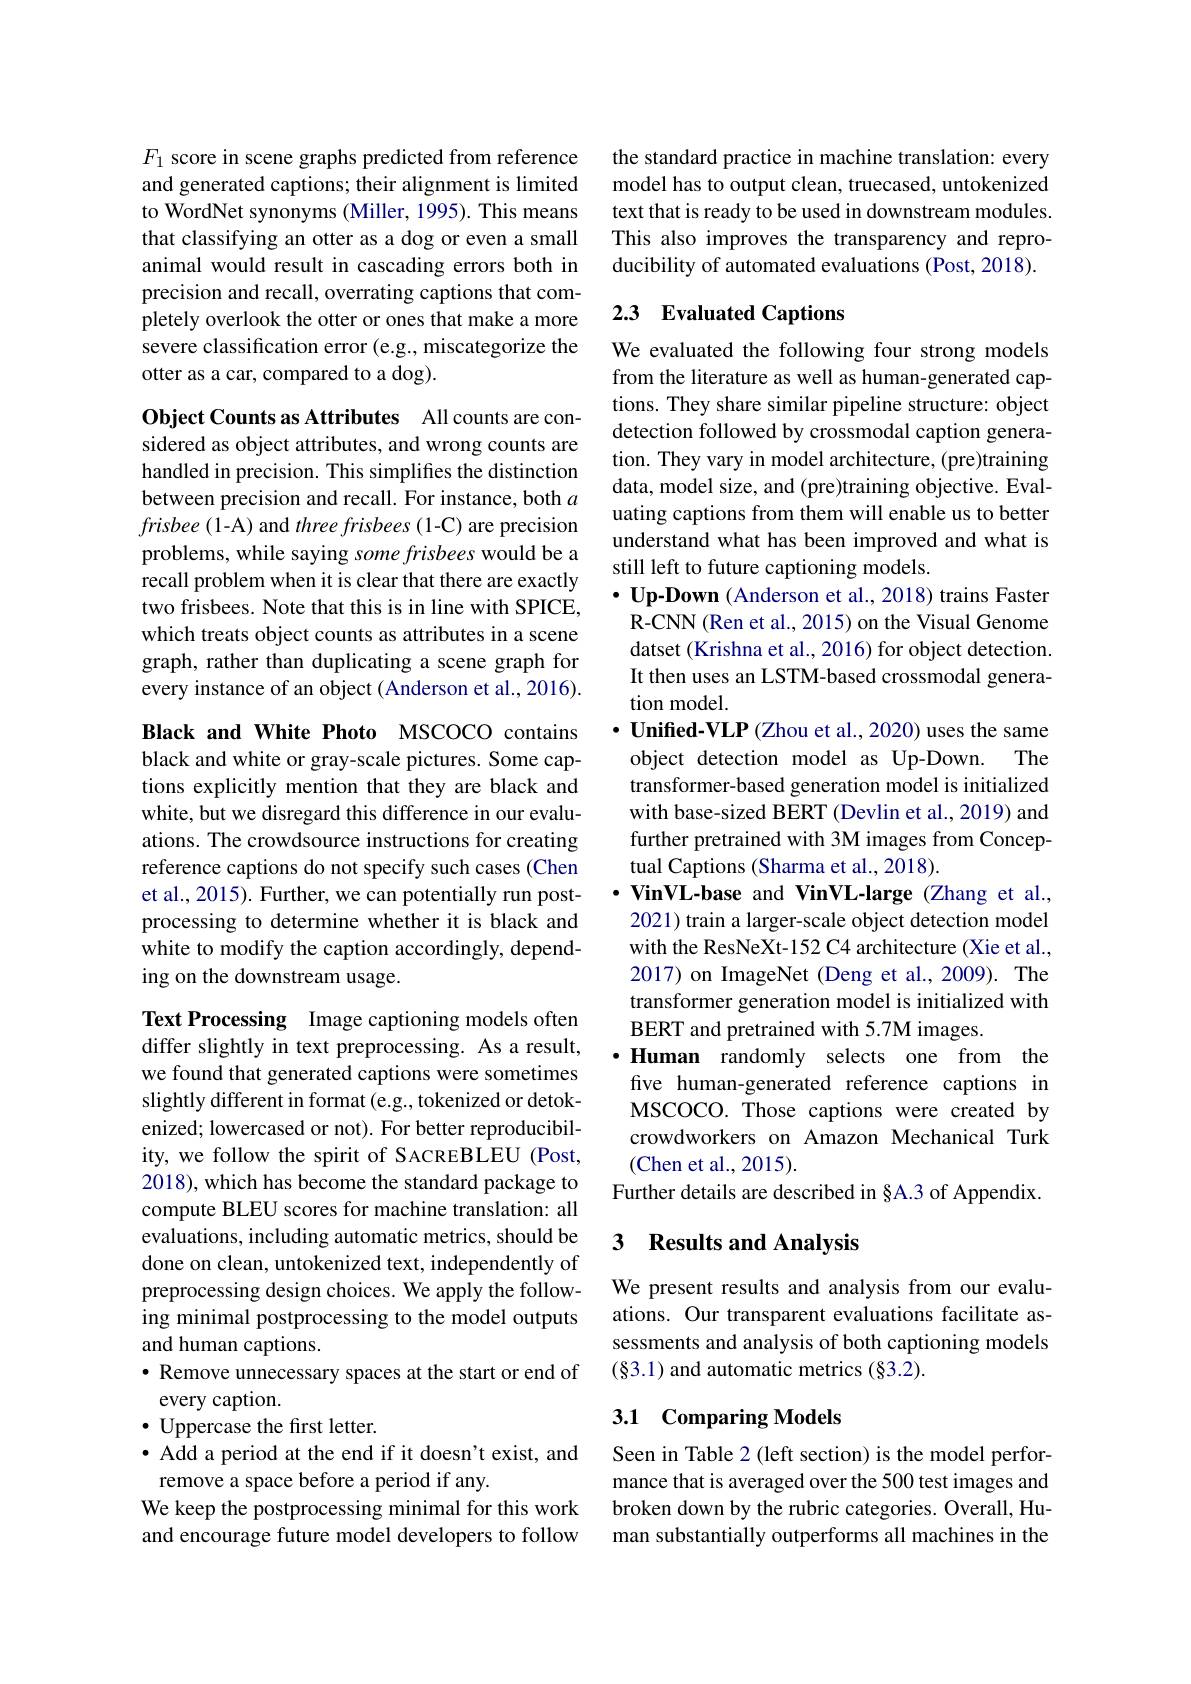
$F_1$ score in scene graphs predicted from reference and generated captions; their alignment is limited to WordNet synonyms (Miller, 1995). This means that classifying an otter as a dog or even a small animal would result in cascading errors both in precision and recall, overrating captions that completely overlook the otter or ones that make a more severe classification error (e.g., miscategorize the otter as a car, compared to a dog).

Object Counts as Attributes All counts are considered as object attributes, and wrong counts are handled in precision. This simplifies the distinction between precision and recall. For instance, both $a$ frisbee ( 1- A) and threefrisbees ( 1- C) are precision problems, while saying some frisbees would be a recall problem when it is clear that there are exactly two frisbees. Note that this is in line with SPICE, which treats object counts as attributes in a scene graph, rather than duplicating a scene graph for every instance of an object (Anderson et al., 2016).

Black and White Photo MSCOCO contains black and white or gray-scale pictures. Some captions explicitly mention that they are black and white, but we disregard this difference in our evaluations. The crowdsource instructions for creating reference captions do not specify such cases (Chen et al., 2015). Further, we can potentially run postprocessing to determine whether it is black and white to modify the caption accordingly, depending on the downstream usage.

Text Processing Image captioning models often differ slightly in text preprocessing. As a result, we found that generated captions were sometimes slightly different in format (e.g., tokenized or detokenized; lowercased or not). For better reproducibility, we follow the spirit of SACREBLEU (Post, 2018), which has become the standard package to compute BLEU scores for machine translation: all evaluations, including automatic metrics, should be done on clean, untokenized text, independently of preprocessing design choices. We apply the following minimal postprocessing to the model outputs and human captions.
$\bullet$ Remove unnecessary spaces at the start or end of
every caption.
$\bullet$ Uppercase the first letter.
$•$ Add a period at the end if it doesn't exist, and
remove a space before a period if any.
We keep the postprocessing minimal for this work and encourage future model developers to follow

the standard practice in machine translation: every model has to output clean, truecased, untokenized text that is ready to be used in downstream modules. This also improves the transparency and reproducibility of automated evaluations (Post, 2018).

## 2.3 Evaluated Captions

We evaluated the following four strong models from the literature as well as human-generated captions. They share similar pipeline structure: object detection followed by crossmodal caption generation. They vary in model architecture, (pre)training data, model size, and (pre)training objective. Evaluating captions from them will enable us to better understand what has been improved and what is still left to future captioning models.
$\cdot$ Up-Down (Anderson et al., 2018) trains Faster R-CNN(Ren et al., 2015) on the Visual Genome datset (Krishna et al., 2016) for object detection. It then uses an LSTM-based crossmodal generation model.
$\cdot$ Unifed-VLP (Zhou et al., 2020) uses the same object detection model as Up-Down. The transformer-based generation model is initialized with base-sized BERT (Devlin et al., 2019) and further pretrained with 3M images from Conceptual Captions (Sharma et al., 2018).
$\cdot$VinVL-base and VinVL-large (Zhang et al., 2021) train a larger-scale object detection model with the ResNeXt-152 C4 architecture (Xie et al., 2017) on ImageNet (Deng et al., 2009). The transformer generation model is initialized with BERT and pretrained with 5.7M images.
Human randomly selects one from the five human-generated reference captions in MSCOCO. Those captions were created by crowdworkers on Amazon Mechanical Turk (Chen et al., 2015).
Further details are described in §A.3 of Appendix.

### 3 Results and Analysis

We present results and analysis from our evaluations. Our transparent evaluations facilitate assessments and analysis of both captioning models (§3.1) and automatic metrics (§3.2).

## 3.1 Comparing Models

Seen in Table 2 (left section) is the model performance that is averaged over the 500 test images and broken down by the rubric categories. Overall, Human substantially outperforms all machines in the